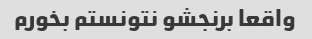
واقعا برنجشو نتونستم بخورم